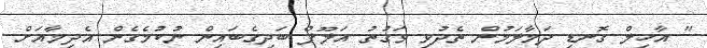
" އާހިލް ގޮނޑި ދަމާލަމުން ތެދުވި ވަގުތު އަލޫފް ބަދިގެބައިން ނުކުމެގެން އެދިމާއަށް